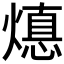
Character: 𭶁